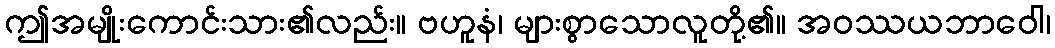
ဤအမျိုးကောင်းသား၏လည်း။ ဗဟူနံ၊ များစွာသောလူတို့၏။ အဝဿယဘာဝေါ၊